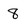
Character: 8